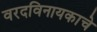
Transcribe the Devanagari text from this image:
वरदविनायकाचे